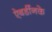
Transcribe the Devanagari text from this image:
ऐबर्डीनके